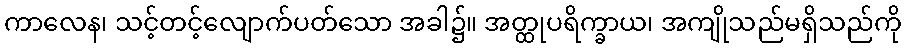
ကာလေန၊ သင့်တင့်လျောက်ပတ်သော အခါ၌။ အတ္ထုပရိက္ခာယ၊ အကျိုသည်မရှိသည်ကို